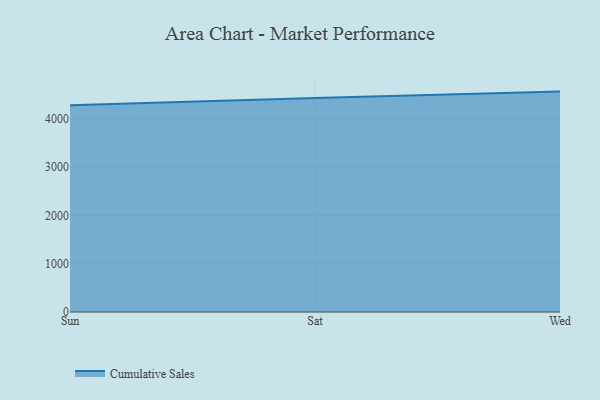
{"axis": {"x": "Day", "y": "Gross Profit (USD K)"}, "legend": ["Cumulative Sales"], "data": [{"x": "Sun", "y": 4276.6, "type": "Cumulative Sales"}, {"x": "Sat", "y": 4427.0, "type": "Cumulative Sales"}, {"x": "Wed", "y": 4561.3, "type": "Cumulative Sales"}]}